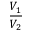
\frac { V _ { 1 } } { V _ { 2 } }